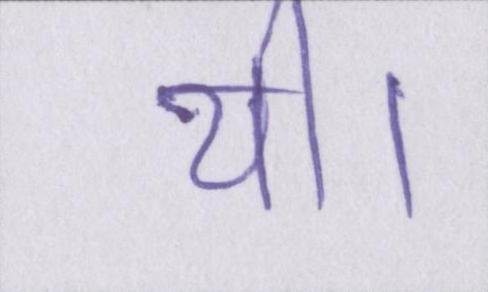
थी।